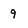
Character: 9